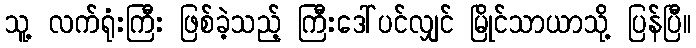
သူ့ လက်ရုံးကြီး ဖြစ်ခဲ့သည့် ကြီးဒေါ်ပင်လျှင် မြိုင်သာယာသို့ ပြန်ပြီ။